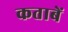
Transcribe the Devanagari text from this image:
कताबें